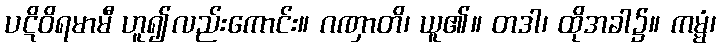
ပဋိဝိရမာမီ ဟူ၍လည်းကောင်း။ ဂဏှာတိ၊ ယူ၏။ တဒါ၊ ထိုအခါ၌။ ကမ္မံ၊